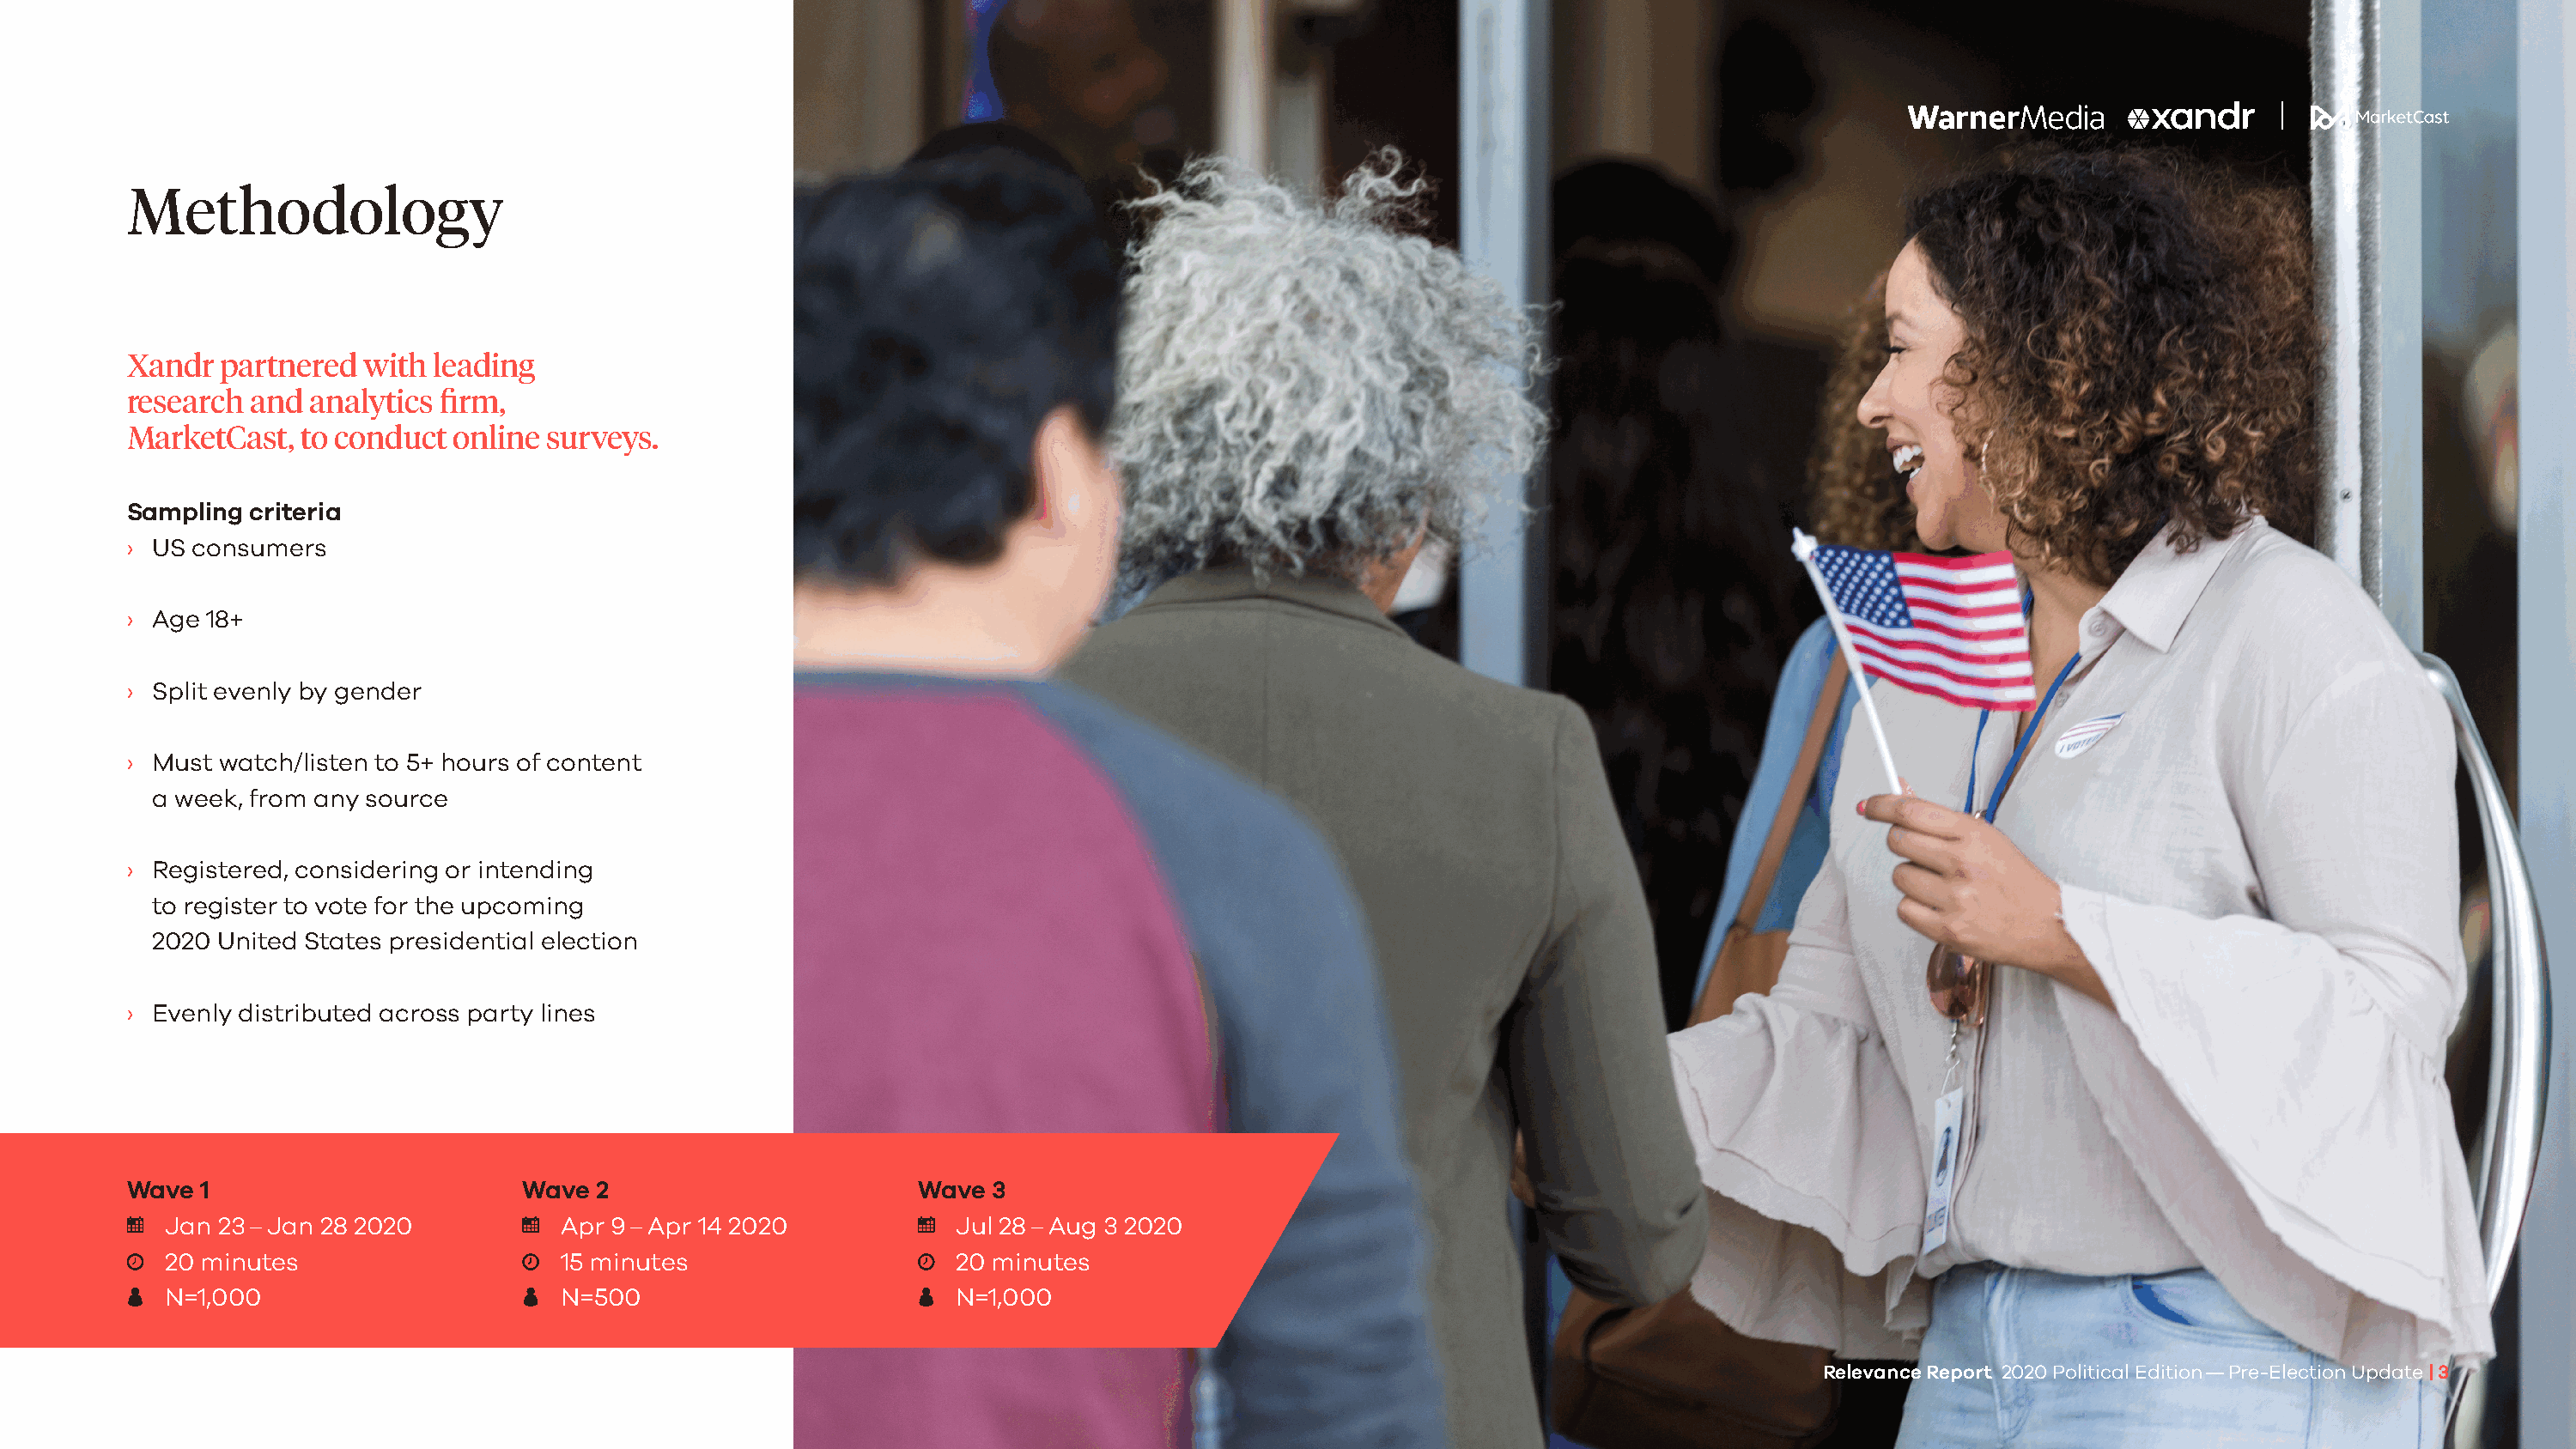
Methodology
 Xandr  partnered  with leading
 research and  analytics firm,
 MarketCast,  to conduct  online surveys.
 Sampling criteria
 › US consumers
 › Age 18+
 › Split evenly by gender
 › Must watch/listen to 5+ hours of content
 a week, from any source
 › Registered, considering or intending
 to register to vote for the upcoming
 2020 United States presidential election
 › Evenly distributed across party lines
 Wave 1                        Wave  2                        Wave 3
 Jan 23 – Jan 28 2020          Apr 9 – Apr 14 2020            Jul 28 – Aug 3 2020
 20 minutes                    15 minutes                     20 minutes
 N=1,000                       N=500                          N=1,000
 Relevance Report 2020 Political Edition — Pre-Election Update | 3